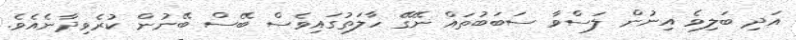
އަދި ބަލިވެ އިނުން ލަސްވާ ސަބަބުތައް ނޭގޭ ހާލަތުގައިވެސް ބޭސް ބޭނުން ކުރެވިދާނެއެވެ.